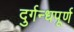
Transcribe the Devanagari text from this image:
दुर्गन्धपूर्ण